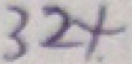
3 2 4